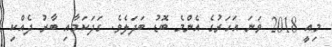
މިއީ 2018 ވަނަ އަހަރުގެ އެންމެ ބޮޑު ބަދަލެވެ. ގަދަކަމާއި ބާރު ދެއްކި